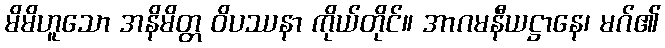
မိမိဟူသော အနိမိတ္တ ဝိပဿနာ ကိုယ်တိုင်။ အာဂမနီယဋ္ဌာနေ၊ မဂ်၏